Document type: bank_statement
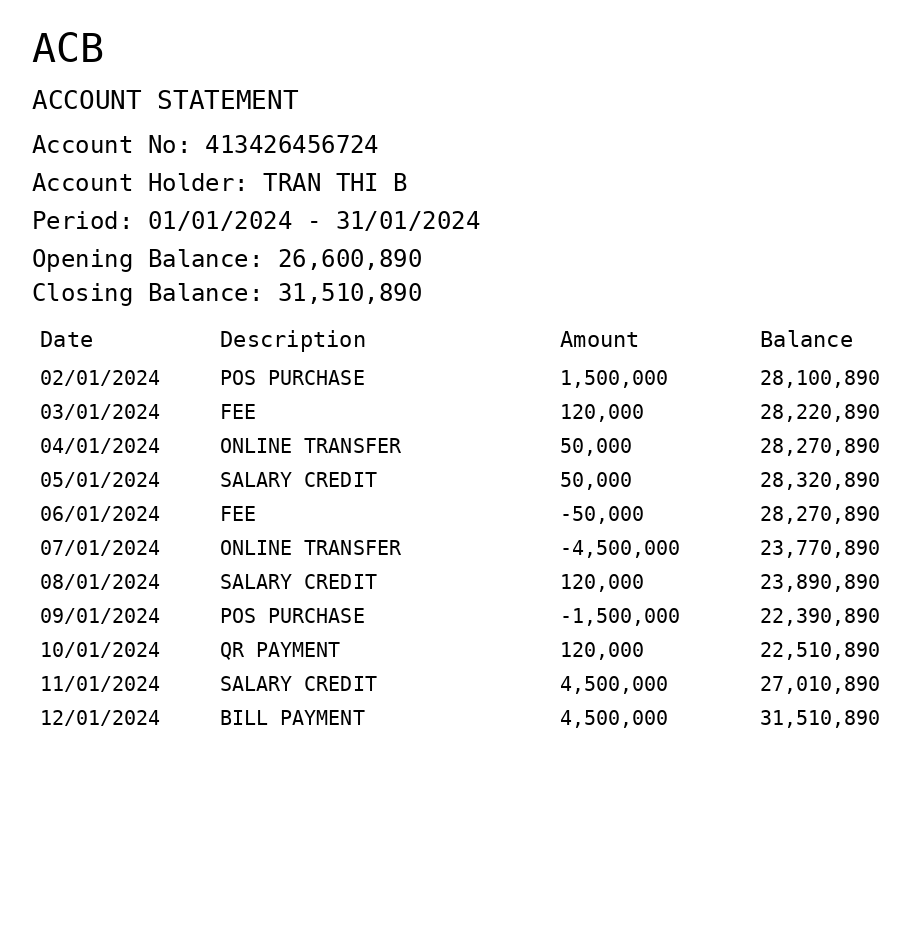
OCR transcript:
ACB
ACCOUNT STATEMENT
Account No: 413426456724
Account Holder: TRAN THI B
Period: 01/01/2024 - 31/01/2024
Opening Balance: 26,600,890
Closing Balance: 31,510,890
Date
Description
Amount
Balance
02/01/2024
POS PURCHASE
1,500,000
28,100,890
03/01/2024
FEE
120,000
28,220,890
04/01/2024
ONLINE TRANSFER
50,000
28,270,890
05/01/2024
SALARY CREDIT
50,000
28,320,890
06/01/2024
FEE
-50,000
28,270,890
07/01/2024
ONLINE TRANSFER
-4,500,000
23,770,890
08/01/2024
SALARY CREDIT
120,000
23,890,890
09/01/2024
POS PURCHASE
-1,500,000
22,390,890
10/01/2024
QR PAYMENT
120,000
22,510,890
11/01/2024
SALARY CREDIT
4,500,000
27,010,890
12/01/2024
BILL PAYMENT
4,500,000
31,510,890
Extracted fields:
bank_name: acb
account_number: 413426456724
account_holder: tran thi b
statement_period: 01/01/2024 - 31/01/2024
opening_balance: 26600890
closing_balance: 31510890
transactions: date: 2024-01-02
description: pos purchase
amount: 1500000
balance: 28100890
date: 2024-01-03
description: fee
amount: 120000
balance: 28220890
date: 2024-01-04
description: online transfer
amount: 50000
balance: 28270890
date: 2024-01-05
description: salary credit
amount: 50000
balance: 28320890
date: 2024-01-06
description: fee
amount: -50000
balance: 28270890
date: 2024-01-07
description: online transfer
amount: -4500000
balance: 23770890
date: 2024-01-08
description: salary credit
amount: 120000
balance: 23890890
date: 2024-01-09
description: pos purchase
amount: -1500000
balance: 22390890
date: 2024-01-10
description: qr payment
amount: 120000
balance: 22510890
date: 2024-01-11
description: salary credit
amount: 4500000
balance: 27010890
date: 2024-01-12
description: bill payment
amount: 4500000
balance: 31510890